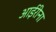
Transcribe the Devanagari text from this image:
आईरीना